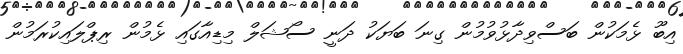
އިބޫ ޅެމަކުން ބަސްވިދާޅުވުމުން ގިނަ ބަޔަކު ދަނީ ސޯޝަލް މިޑިއާގައި ޅެމުން ރިޕްލައިކުރަމުން